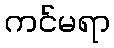
ကင်မရာ